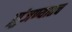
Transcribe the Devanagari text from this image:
झुंजण्यातच